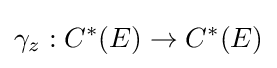
\gamma _{z}:C^{*}(E)\to C^{*}(E)